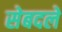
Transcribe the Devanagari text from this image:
सेबदले